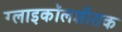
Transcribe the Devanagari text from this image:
ग्लाइकॉलशीतक